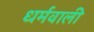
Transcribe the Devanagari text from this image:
धर्मवाली